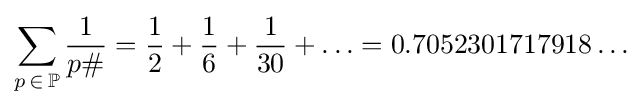
\sum _{p\,\in \,\mathbb {P} }{1 \over p\#}={1 \over 2}+{1 \over 6}+{1 \over 30}+\ldots =0{.}7052301717918\ldots